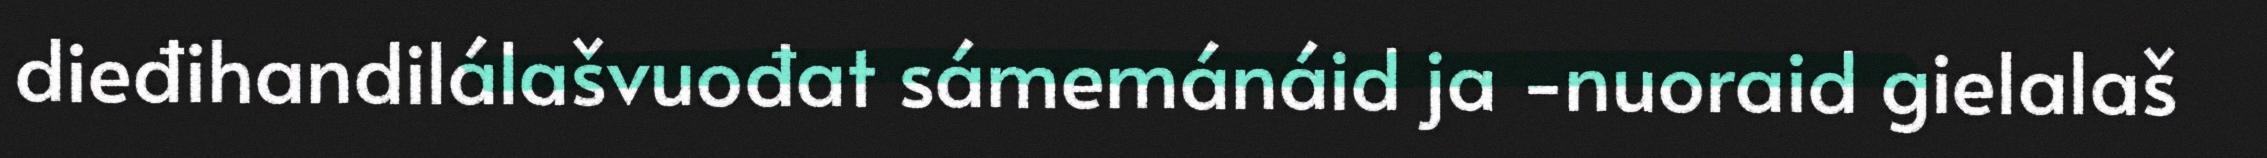
dieđihandilálašvuođat sámemánáid ja -nuoraid gielalaš